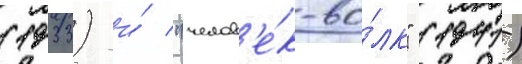
(1933) и́ "челов'е́к-во́лк" (1941)